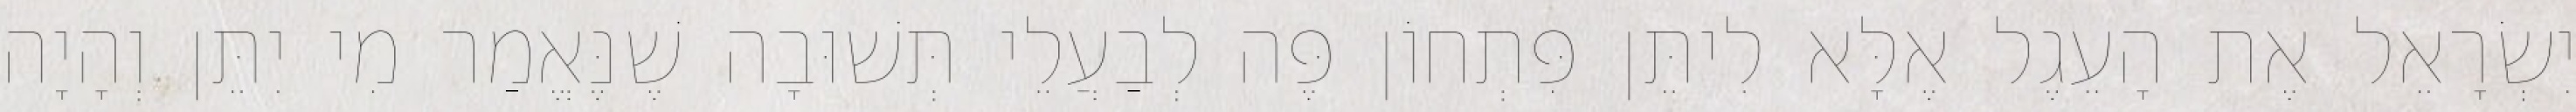
יִשְׂרָאֵל אֶת הָעֵגֶל אֶלָּא לִיתֵּן פִּתְחוֹן פֶּה לְבַעֲלֵי תְּשׁוּבָה שֶׁנֶּאֱמַר מִי יִתֵּן וְהָיָה